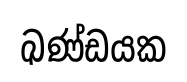
ඛණ්ඩයක